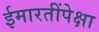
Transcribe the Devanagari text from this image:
ईमारतींपेक्षा